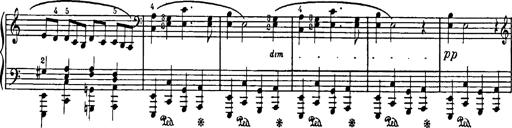
Title: Feierlicher Marsch zum heiligen Gral aus Parsifal
Composer: Franz Liszt